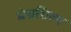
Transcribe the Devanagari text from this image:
मंचशिल्प